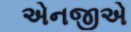
એનજીએ